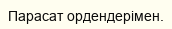
Парасат ордендерімен.